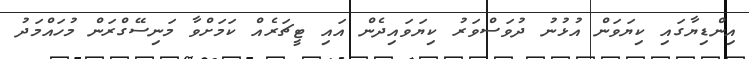
އިންޑިޔާގައި ކިޔަވަން އުޅުނު ދުވަސްވަރު ކިޔަވައިދެން އައި ޓީޗަރެއް ކަމަށްވާ މަނިސޭގްރަން މުހައްމަދު